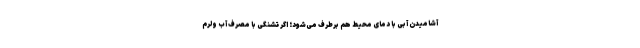
آشامیدن آبی با دمای محیط هم برطرف می‌‌شود؛ اگر تشنگی با مصرف آب ولرم